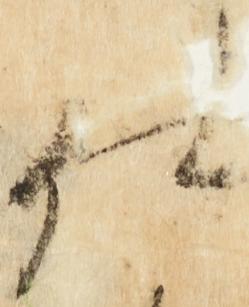
仕